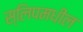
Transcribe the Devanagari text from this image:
स्लिपमधील